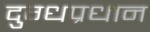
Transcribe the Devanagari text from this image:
दुग्धप्रधान